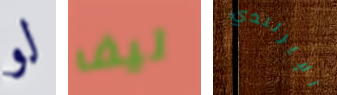
لو ليف الإيرلندي